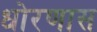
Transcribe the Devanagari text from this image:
धोरणास